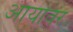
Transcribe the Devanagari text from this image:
आयोवर